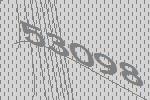
53098